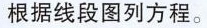
根据线段图列方程。